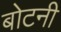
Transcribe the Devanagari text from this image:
बोटनी